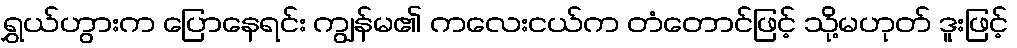
ရွှယ်ဟွားက ပြောနေရင်း ကျွန်မ၏ ကလေးငယ်က တံတောင်ဖြင့် သို့မဟုတ် ဒူးဖြင့်